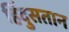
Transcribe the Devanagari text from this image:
हिंदुसतान